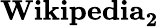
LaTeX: \mathbf{Wikipedia_{2}}